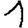
Digit: 1